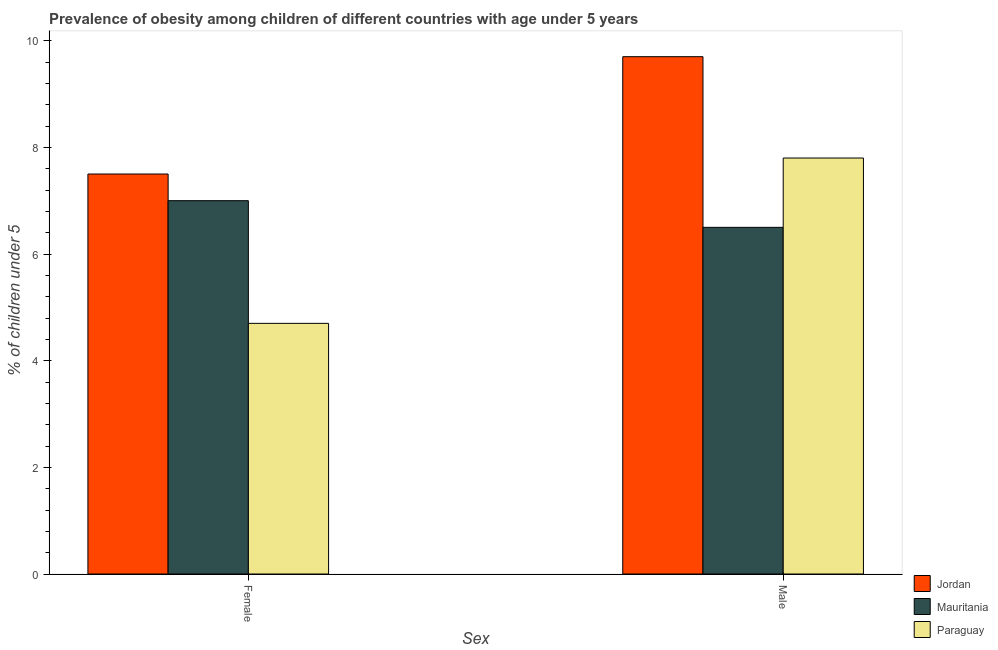
| Sex | Jordan | Mauritania | Paraguay |
 | --- | --- | --- | --- |
 | Female | 7.5 | 7 | 4.7 |
 | Male | 9.7 | 6.5 | 7.8 |